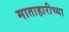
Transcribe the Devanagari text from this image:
माताहारीच्या